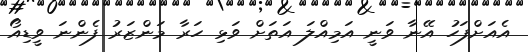
އެއަށްފަހު އޭނާ ވަނީ އަމިއްލަ އަތަށް ވަޅި ހަރާ މަންޒަރު ފެންނަ ވީޑިއޯ